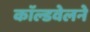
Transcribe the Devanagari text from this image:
काॅल्डवेलने